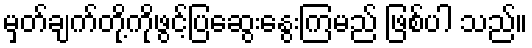
မှတ်ချက်တို့ကိုဖွင့်ပြဆွေးနွေးကြမည် ဖြစ်ပါ သည်။